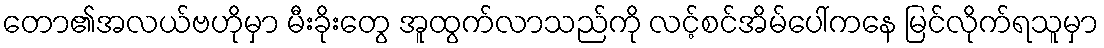
တော၏အလယ်ဗဟိုမှာ မီးခိုးတွေ အူထွက်လာသည်ကို လင့်စင်အိမ်ပေါ်ကနေ မြင်လိုက်ရသူမှာ